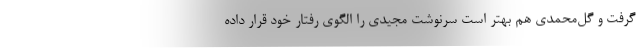
گرفت و گل‌محمدی هم بهتر است سرنوشت مجیدی را الگوی رفتار خود قرار داده